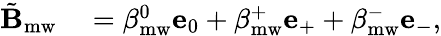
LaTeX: \begin{array}{rl}{\tilde{\mathbf{B}}_{\mathrm{mw}}}&{{}=\beta_{\mathrm{mw}}^{0}\mathbf{e}_{0}+\beta_{\mathrm{mw}}^{+}\mathbf{e}_{+}+\beta_{\mathrm{mw}}^{-}\mathbf{e}_{-},}\end{array}